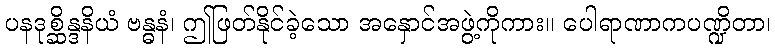
ပနဒုစ္ဆိန္ဒနိယံ ဗန္ဓနံ၊ ဤဖြတ်နိုင်ခဲ့သော အနှောင်အဖွဲ့ကိုကား။ ပေါရာဏာကပဏ္ဍိတာ၊